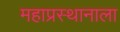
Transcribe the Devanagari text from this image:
महाप्रस्थानाला